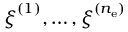
\boldsymbol \xi ^ { ( 1 ) } , \dots , \boldsymbol \xi ^ { ( n _ { \mathrm { e } } ) }